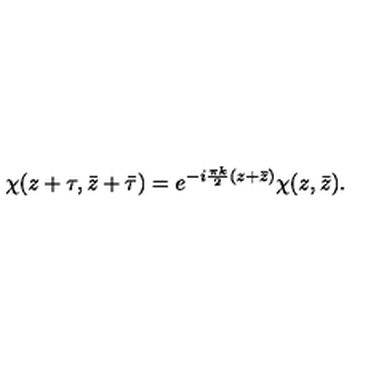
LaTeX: \chi ( z + \tau , \bar { z } + \bar { \tau } ) = e ^ { - i \frac { \pi k } { 2 } ( z + \bar { z } ) } \chi ( z , \bar { z } ) .